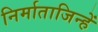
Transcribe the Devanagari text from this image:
निर्माताजिन्हें